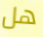
هل